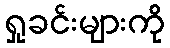
ရှုခင်းများကို